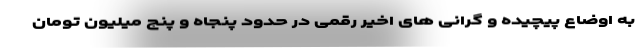
به اوضاع پیچیده و گرانی های اخیر رقمی در حدود پنجاه و پنج میلیون تومان